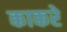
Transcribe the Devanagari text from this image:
काकरे